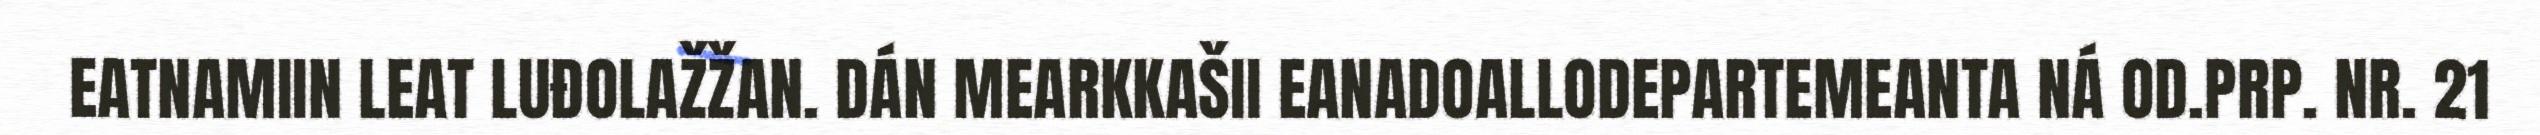
EATNAMIIN LEAT LUĐOLAŽŽAN. DÁN MEARKKAŠII EANADOALLODEPARTEMEANTA NÁ OD.PRP. NR. 21